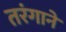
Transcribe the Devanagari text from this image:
तरंगाने